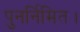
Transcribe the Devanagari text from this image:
पुनर्निमित।